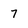
Character: 7